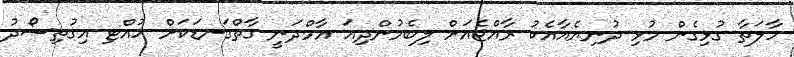
ހާލަތާ ގުޅިގެން މުޅި ދުނިޔެއާއެކު ރާއްޖެއަށް ލިބެމުންދިއަ އާމްދަނީ ގާތްގަނޑަކަށް ހުއްޓި އިގުތިސޯދު